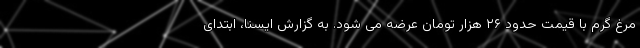
مرغ گرم با قیمت حدود ۲۶ هزار تومان عرضه می شود. به گزارش ایسنا، ابتدای